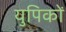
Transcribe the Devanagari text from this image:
युपिकों